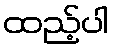
ထည့်ပါ